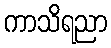
ကာသိရညာ